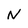
Character: N